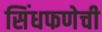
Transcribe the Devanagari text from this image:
सिंधफणेची